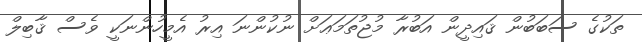
ތަކުގެ ސަބަބުން ޤައިދީން އަބުރާ މުޖުތަމަޢަށް ނުކުންނަ އިރު އެމީހުންނަކީ ވެސް ޤާބިލް